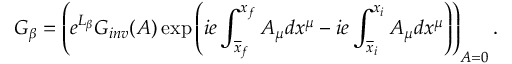
G _ { \beta } = \left( e ^ { L _ { \beta } } G _ { i n v } ( A ) \exp \left( i e \int _ { \overline { { { x } } } _ { f } } ^ { x _ { f } } A _ { \mu } d x ^ { \mu } - i e \int _ { \overline { { { x } } } _ { i } } ^ { x _ { i } } A _ { \mu } d x ^ { \mu } \right) \right) _ { A = 0 } .